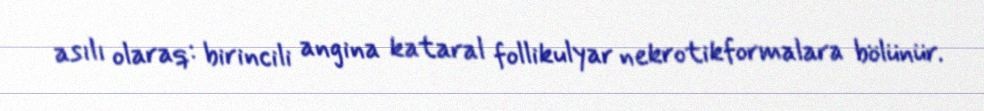
asılı olaraq: birincili angina kataral follikulyar nekrotikformalara bölünür.